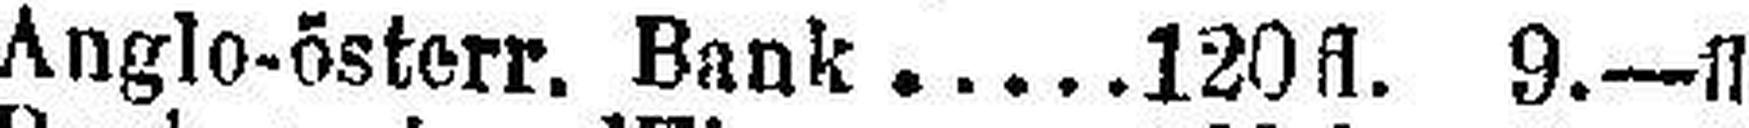
Anglo-österr. Bank 120 fl. 9.—fl.